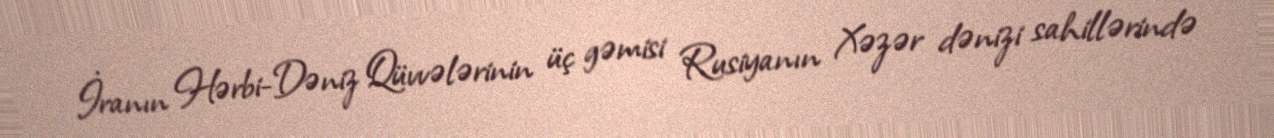
İranın Hərbi-Dəniz Qüvvələrinin üç gəmisi Rusiyanın Xəzər dənizi sahillərində